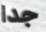
جدا